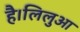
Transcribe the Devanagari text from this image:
है।लिलुआ